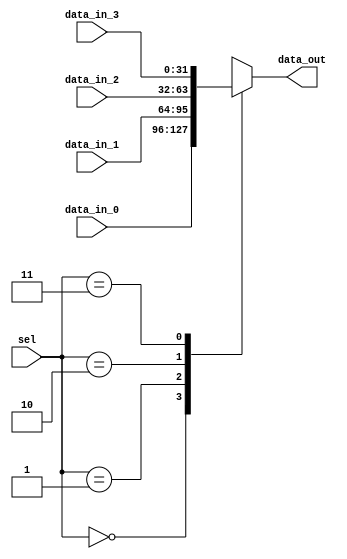
module MUX4T1_32(
    input [31:0]  data_in_0,
    input [31:0]  data_in_1,
    input [31:0]  data_in_2,
    input [31:0]  data_in_3,
    input [1:0] sel,
    output [31:0] data_out
);
    reg[31:0] output_data = 0;
    always @(*) begin
        case(sel)
            2'b00: output_data = data_in_0;
            2'b01: output_data = data_in_1;
            2'b10: output_data = data_in_2;
            2'b11: output_data = data_in_3;
            default : output_data = data_in_0;
        endcase
    end
    assign data_out = output_data;
    
endmodule